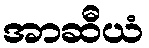
အာဆီယံ